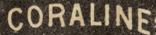
CORALINF